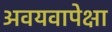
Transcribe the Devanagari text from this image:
अवयवापेक्षा